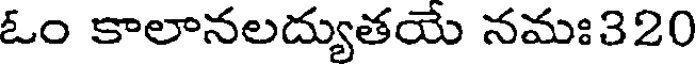
ఓం కాలానలద్యుతయే నమః320